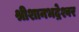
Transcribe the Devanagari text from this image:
श्रीशानभद्रेश्वर